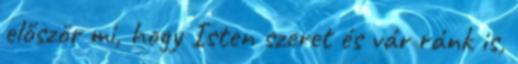
először mi, hogy Isten szeret és vár ránk is,